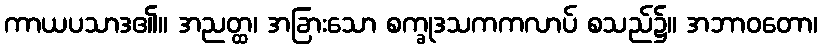
ကာယပသာဒ၏။ အညတ္ထ၊ အခြားသော စက္ခုဒသကကလာပ် စသည်၌။ အဘာဝတော၊